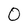
Character: 0